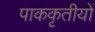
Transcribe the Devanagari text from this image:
पाककृतीयों